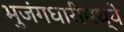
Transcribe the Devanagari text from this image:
भुजंगधारीमध्ये